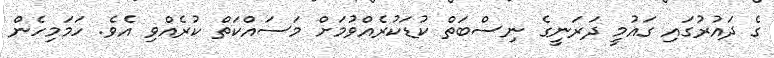
ގެ ދައުރުގައި ގައުމީ ދަރަނީގެ ނިސްބަތް ކުޑަކުރެއްވުމަށް މަސައްކަތް ކުރެއްވި އެވެ. ހަމަމިހެން